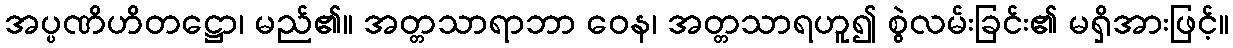
အပ္ပဏိဟိတဋ္ဌော၊ မည်၏။ အတ္တသာရာဘာ ဝေန၊ အတ္တသာရဟူ၍ စွဲလမ်းခြင်း၏ မရှိအားဖြင့်။